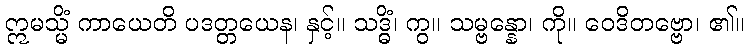
ဣမသ္မိံ ကာယေတိ ပဒတ္တယေန၊ နှင့်။ သဒ္ဓိံ၊ ကွ။ သမ္ဗန္နော၊ ကို။ ဝေဒိတဗ္ဗော၊ ၏။